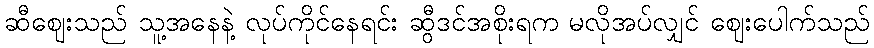
ဆီဈေးသည် သူ့အနေနဲ့ လုပ်ကိုင်နေရင်း ဆွီဒင်အစိုးရက မလိုအပ်လျှင် ဈေးပေါက်သည်